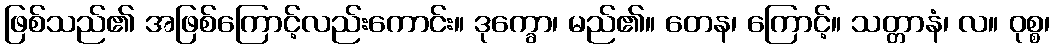
ဖြစ်သည်၏ အဖြစ်ကြောင့်လည်းကောင်း။ ဒုက္ခော၊ မည်၏။ တေန၊ ကြောင့်။ သတ္တာနံ၊ လ။ ဝုစ္စ၊